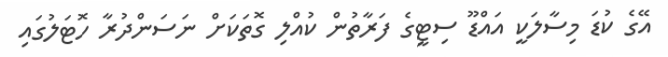
އޭގެ ކުޑަ މިސާލަކީ އައްޑޫ ސިޓީގެ ފަރާތުން ކުއްލި ގޮތަކަށް ނަސަންދުރާ ހޮޓަލުގައި